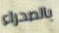
بالصحراء